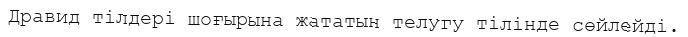
Дравид тілдері шоғырына жататын телугу тілінде сөйлейді.